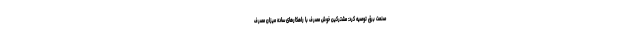
صنعت برق توصیه کرد: مشترکین خوش مصرف با راهکارهای ساده میزان مصرف